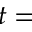
t =